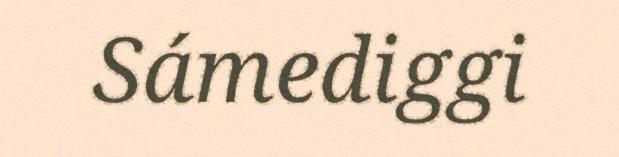
Sámediggi